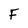
Character: F